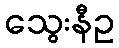
သွေးနီဥ